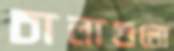
চালাগুলো